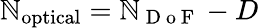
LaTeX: \mathbb{N}_{\mathrm{{optical}}}=\mathbb{N}_{\mathrm{{~D~o~F~}}}-D